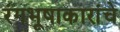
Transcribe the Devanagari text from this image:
रंगभूषाकारांचे